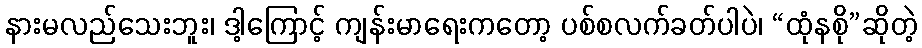
နားမလည်သေးဘူး၊ ဒါ့ကြောင့် ကျန်းမာရေးကတော့ ပစ်စလက်ခတ်ပါပဲ၊ “ထုံနစို”ဆိုတဲ့